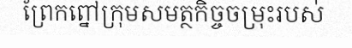
ព្រែកព្នៅក្រុមសមត្ថកិច្ចចម្រុះរបស់